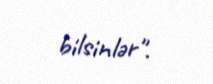
bilsinlər".